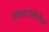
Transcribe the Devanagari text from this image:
एक्सटर्नलीटीज़